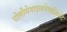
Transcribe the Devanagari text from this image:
पोलीमेथाइलमेथाक्रिलेट